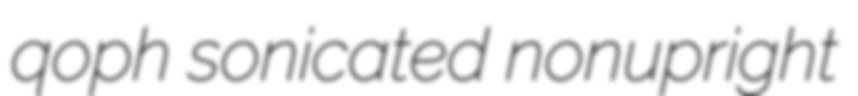
qoph sonicated nonupright